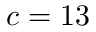
c = 1 3